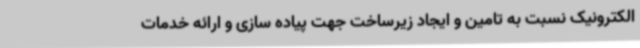
الکترونیک نسبت به تامین و ایجاد زیرساخت جهت پیاده سازی و ارائه خدمات